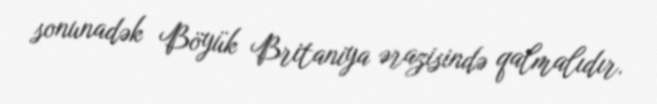
sonunadək Böyük Britaniya ərazisində qalmalıdır.